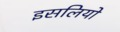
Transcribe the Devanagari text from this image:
इसलियो